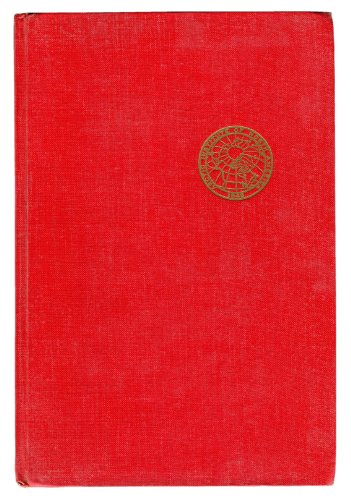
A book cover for Lieutenant Zagoskin's travels in Russian America, 1842-1844: The first ethnographic and geographic investigations in the Yukon and Kuskokwim Valleys of Alaska; Lavrentiy Alekseyevich Zagoskin; Travel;